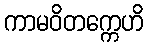
ကာမဝိတက္ကေဟိ